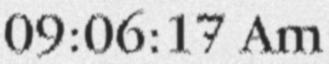
09:06:17 Am